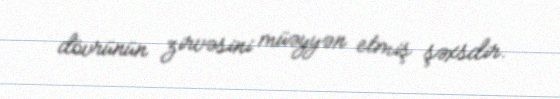
dövrünün zirvəsini müəyyən etmiş şəxsdir.